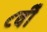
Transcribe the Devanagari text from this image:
८वीँ